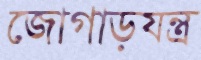
জোগাড়যন্ত্র